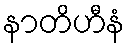
နာတိဟီနံ